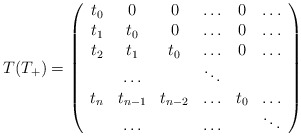
\begin{align*}T(T_{+})=\left(\begin{array}[c]{cccccc}t_{0} & 0 & 0 & \ldots & 0 & \ldots\\t_{1} & t_{0} & 0 & \ldots & 0 & \ldots\\t_{2} & t_{1} & t_{0} & \ldots & 0 & \ldots\\& \ldots & & \ddots & & \\t_{n} & t_{n-1} & t_{n-2} & \ldots & t_{0} & \ldots\\& \ldots & & \ldots & & \ddots\end{array}\right) \end{align*}